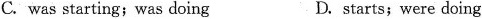
C. was starting; was doing D. starts; were doing